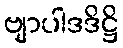
ဗျာပါဒဒိဋ္ဌိ